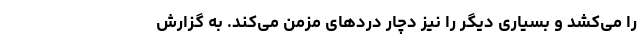
را می‌کشد و بسیاری دیگر را نیز دچار دردهای مزمن می‌کند. به گزارش